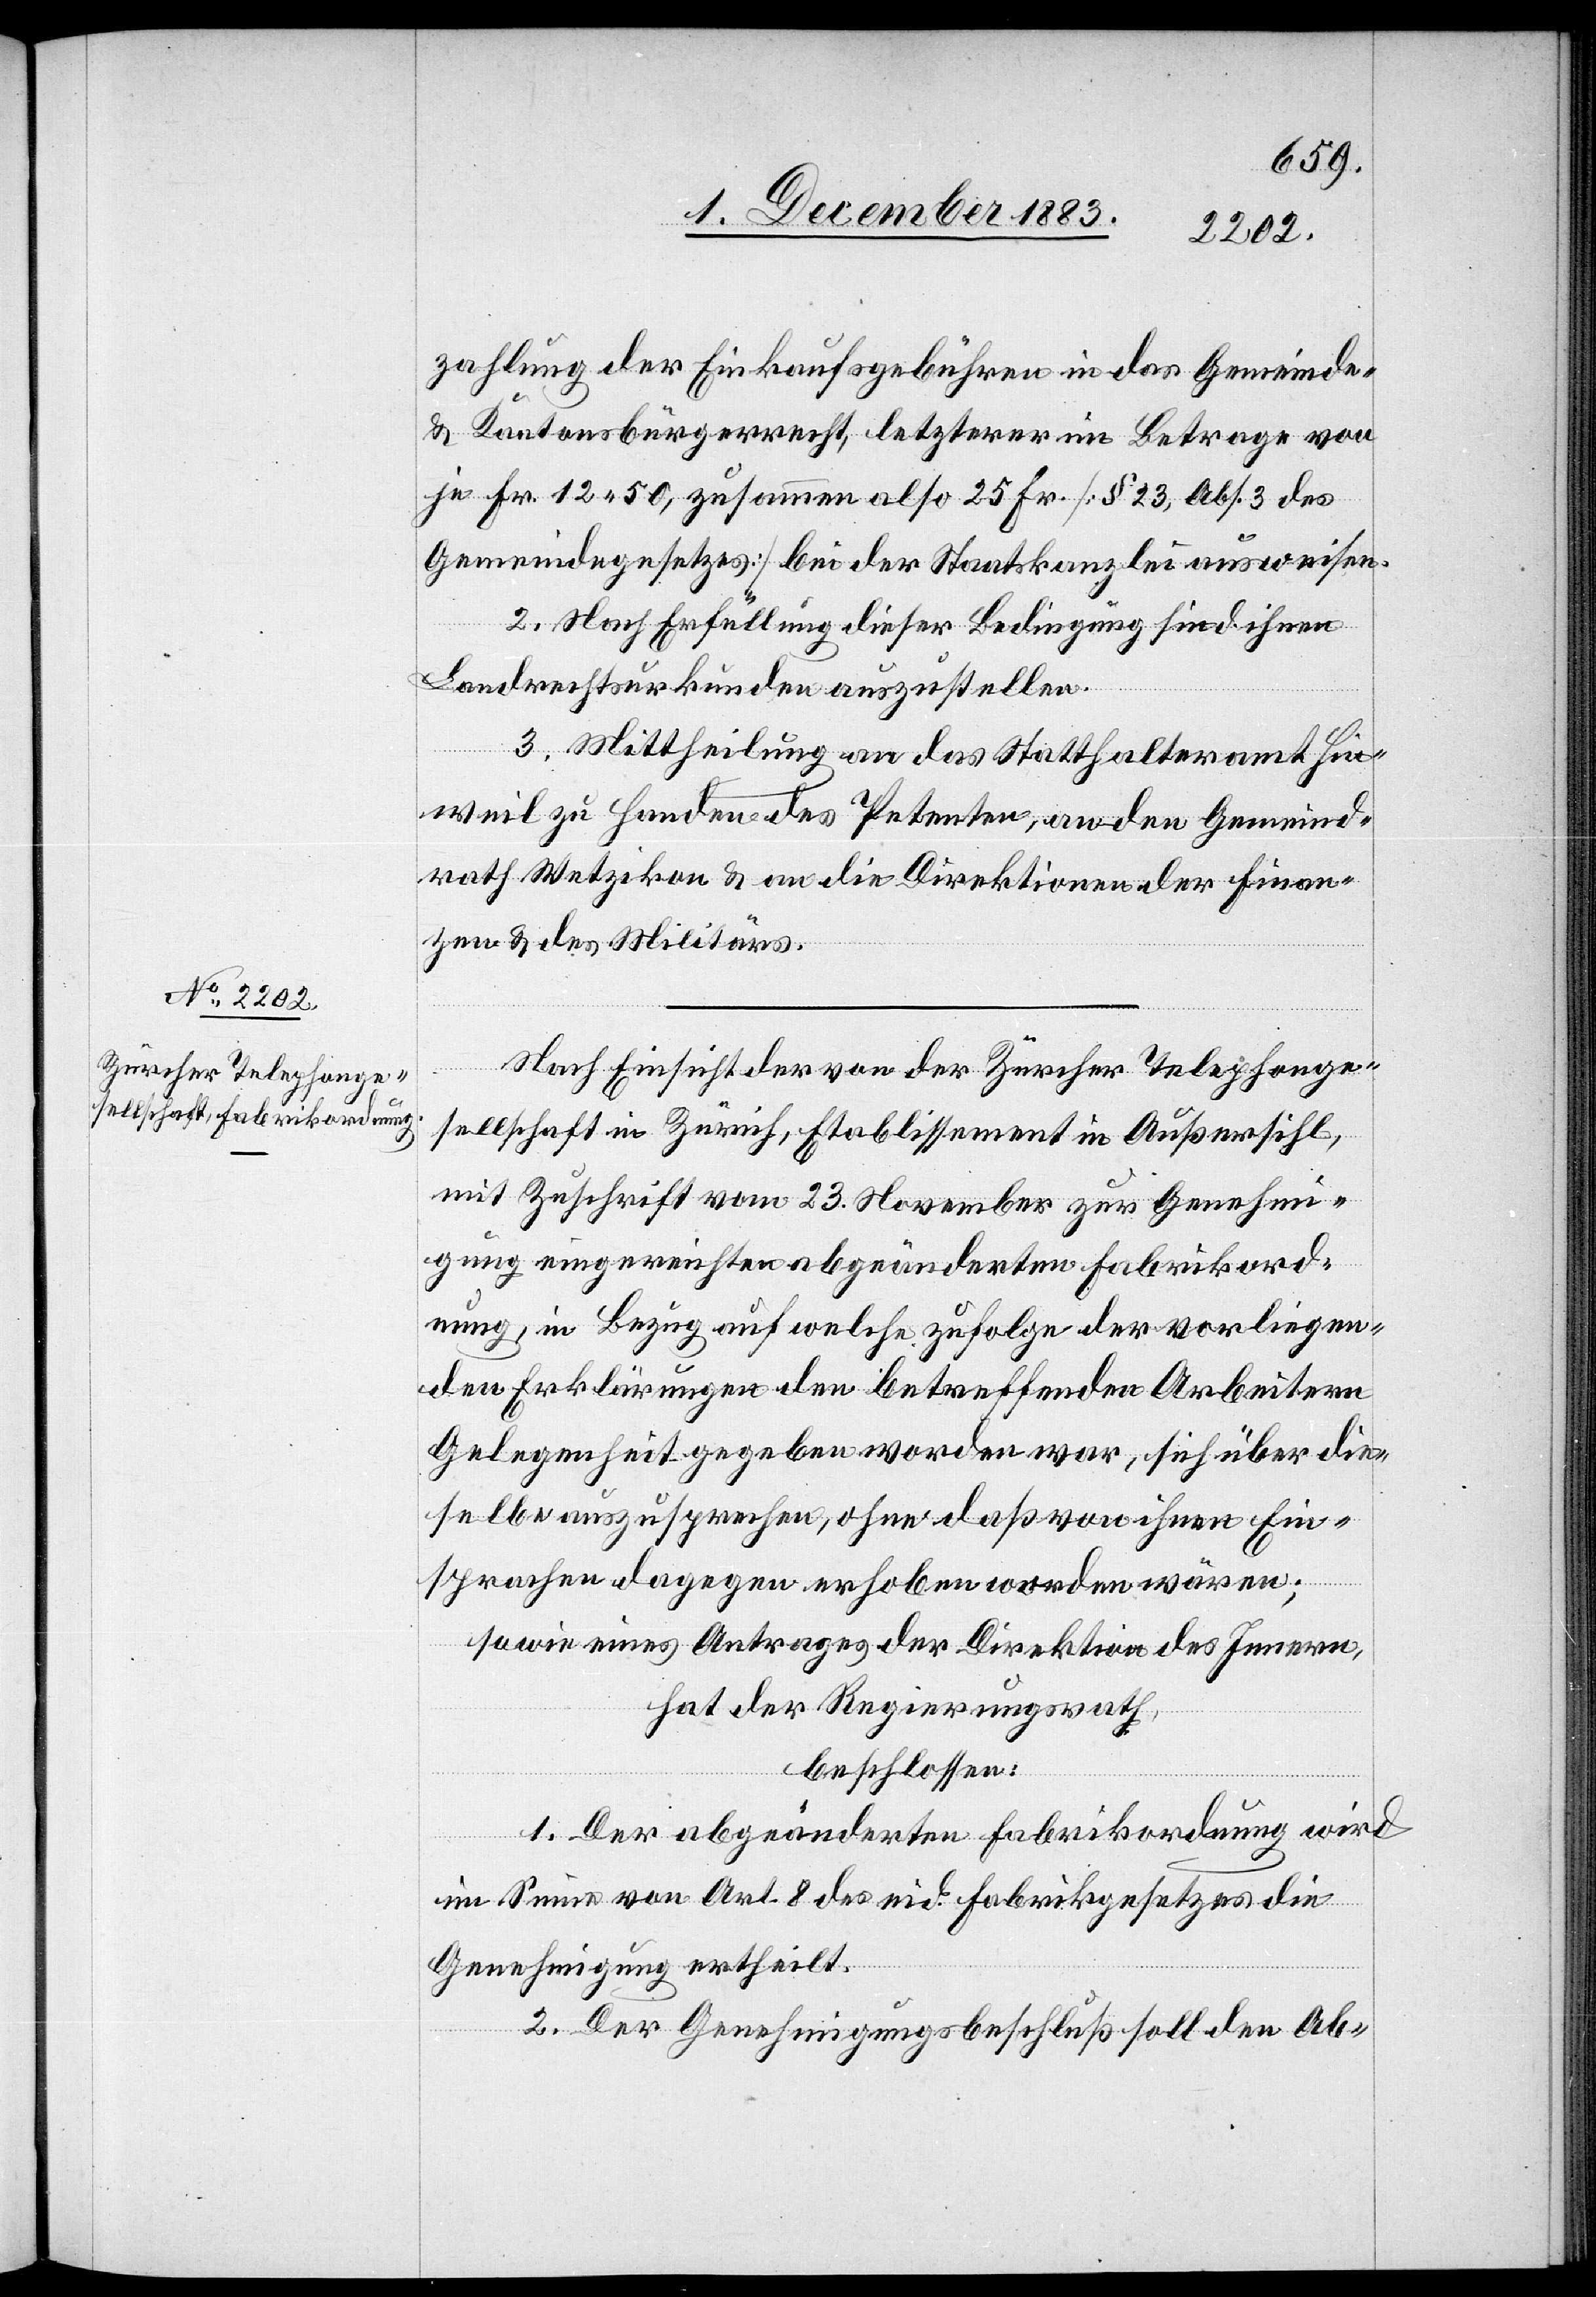
zahlung der Einkaufsgebühren in das Gemeinde
& Kantonsbürgerrecht, letzterer im Betrage von
je Fr. 12 50, zusammen also 25 Fr. [§ 23, Abs. 3 des
Gemeindegesetzes] bei der Staatskanzlei ausweisen.
2. Nach Erfüllung dieser Bedingung sind ihnen
Landrechtsurkunden auszustellen.
3. Mittheilung an das Statthalteramt Hin¬
weil zu Handen des Petenten, an den Gemeind¬
rath Wetzikon & an die Direktionen der Finan¬
zen & des Militärs.
Nach Einsicht der von der Zürcher Telephonge¬
sellschaft in Zürich, Etablissement in Außersihl,
mit Zuschrift vom 23. November zur Genehmi¬
gung eingereichten abgeänderten Fabrikord¬
nung, in Bezug auf welche zufolge der vorliegen¬
den Erklärungen den betreffenden Arbeitern
Gelegenheit gegeben worden war, sich über die¬
selbe auszusprechen, ohne daß von ihnen Ein¬
sprachen dagegen erhoben worden wären;
sowie eines Antrages der Direktion des Innern,
hat der Regierungsrath,
beschlossen:
1. Der abgeänderten Fabrikordnung wird
im Sinne von Art. 8 des eid. Fabrikgesetzes die
Genehmigung ertheilt.
2. Der Genehmigungsbeschluß soll den Ab-